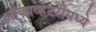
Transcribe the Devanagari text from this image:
ऑब्झर्व्हेटरीमध्ये